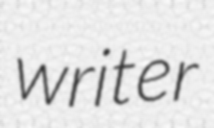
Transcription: writer